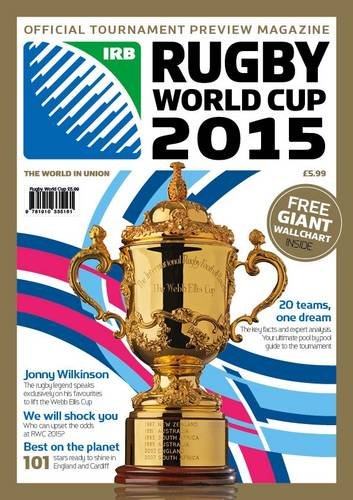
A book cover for Rugby World Cup 2015: Official Tournament Preview Magazine; Trinity Mirror Sport Media; Sports & Outdoors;